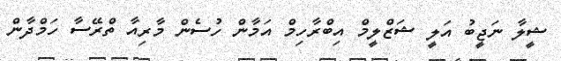
ޝީލާ ނަޖީބު އަލީ ޝަޒްލީމް އިބްރާހިމް އަމާން ހުސެން މާރިއާ ތްރޭސާ ހަމްދާން